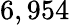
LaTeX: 6,954